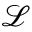
\mathcal L